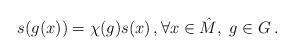
LaTeX: \begin{align*} s(g(x))=\chi(g) s(x) \,, \forall x\in\hat{M},\ g\in G \,.\end{align*}